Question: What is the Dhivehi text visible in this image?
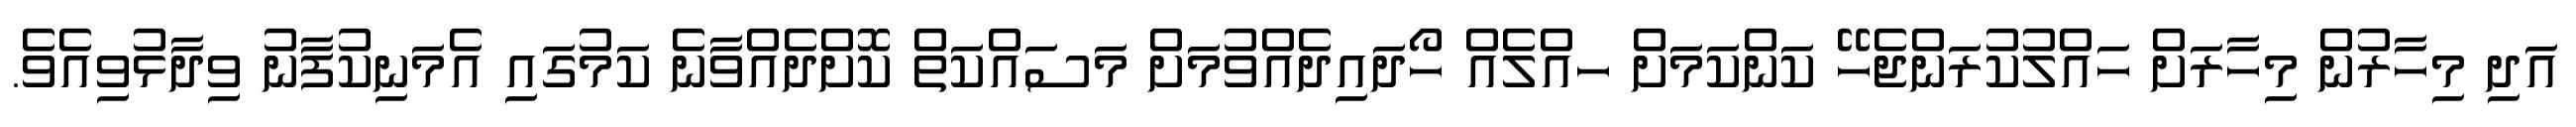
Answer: އަދި މިހާރުން މިހާރަށް ހައްލުކުރަންޖެހޭ ކަންކަމަށް ހއްލެއް ހޯދައިދެއްވުމަށް މަސައްކަތް ކޮށްދެއްވާނެ ކަމުގައި އެމަނިކުފާނު ވިދާޅުވިއެވެ.